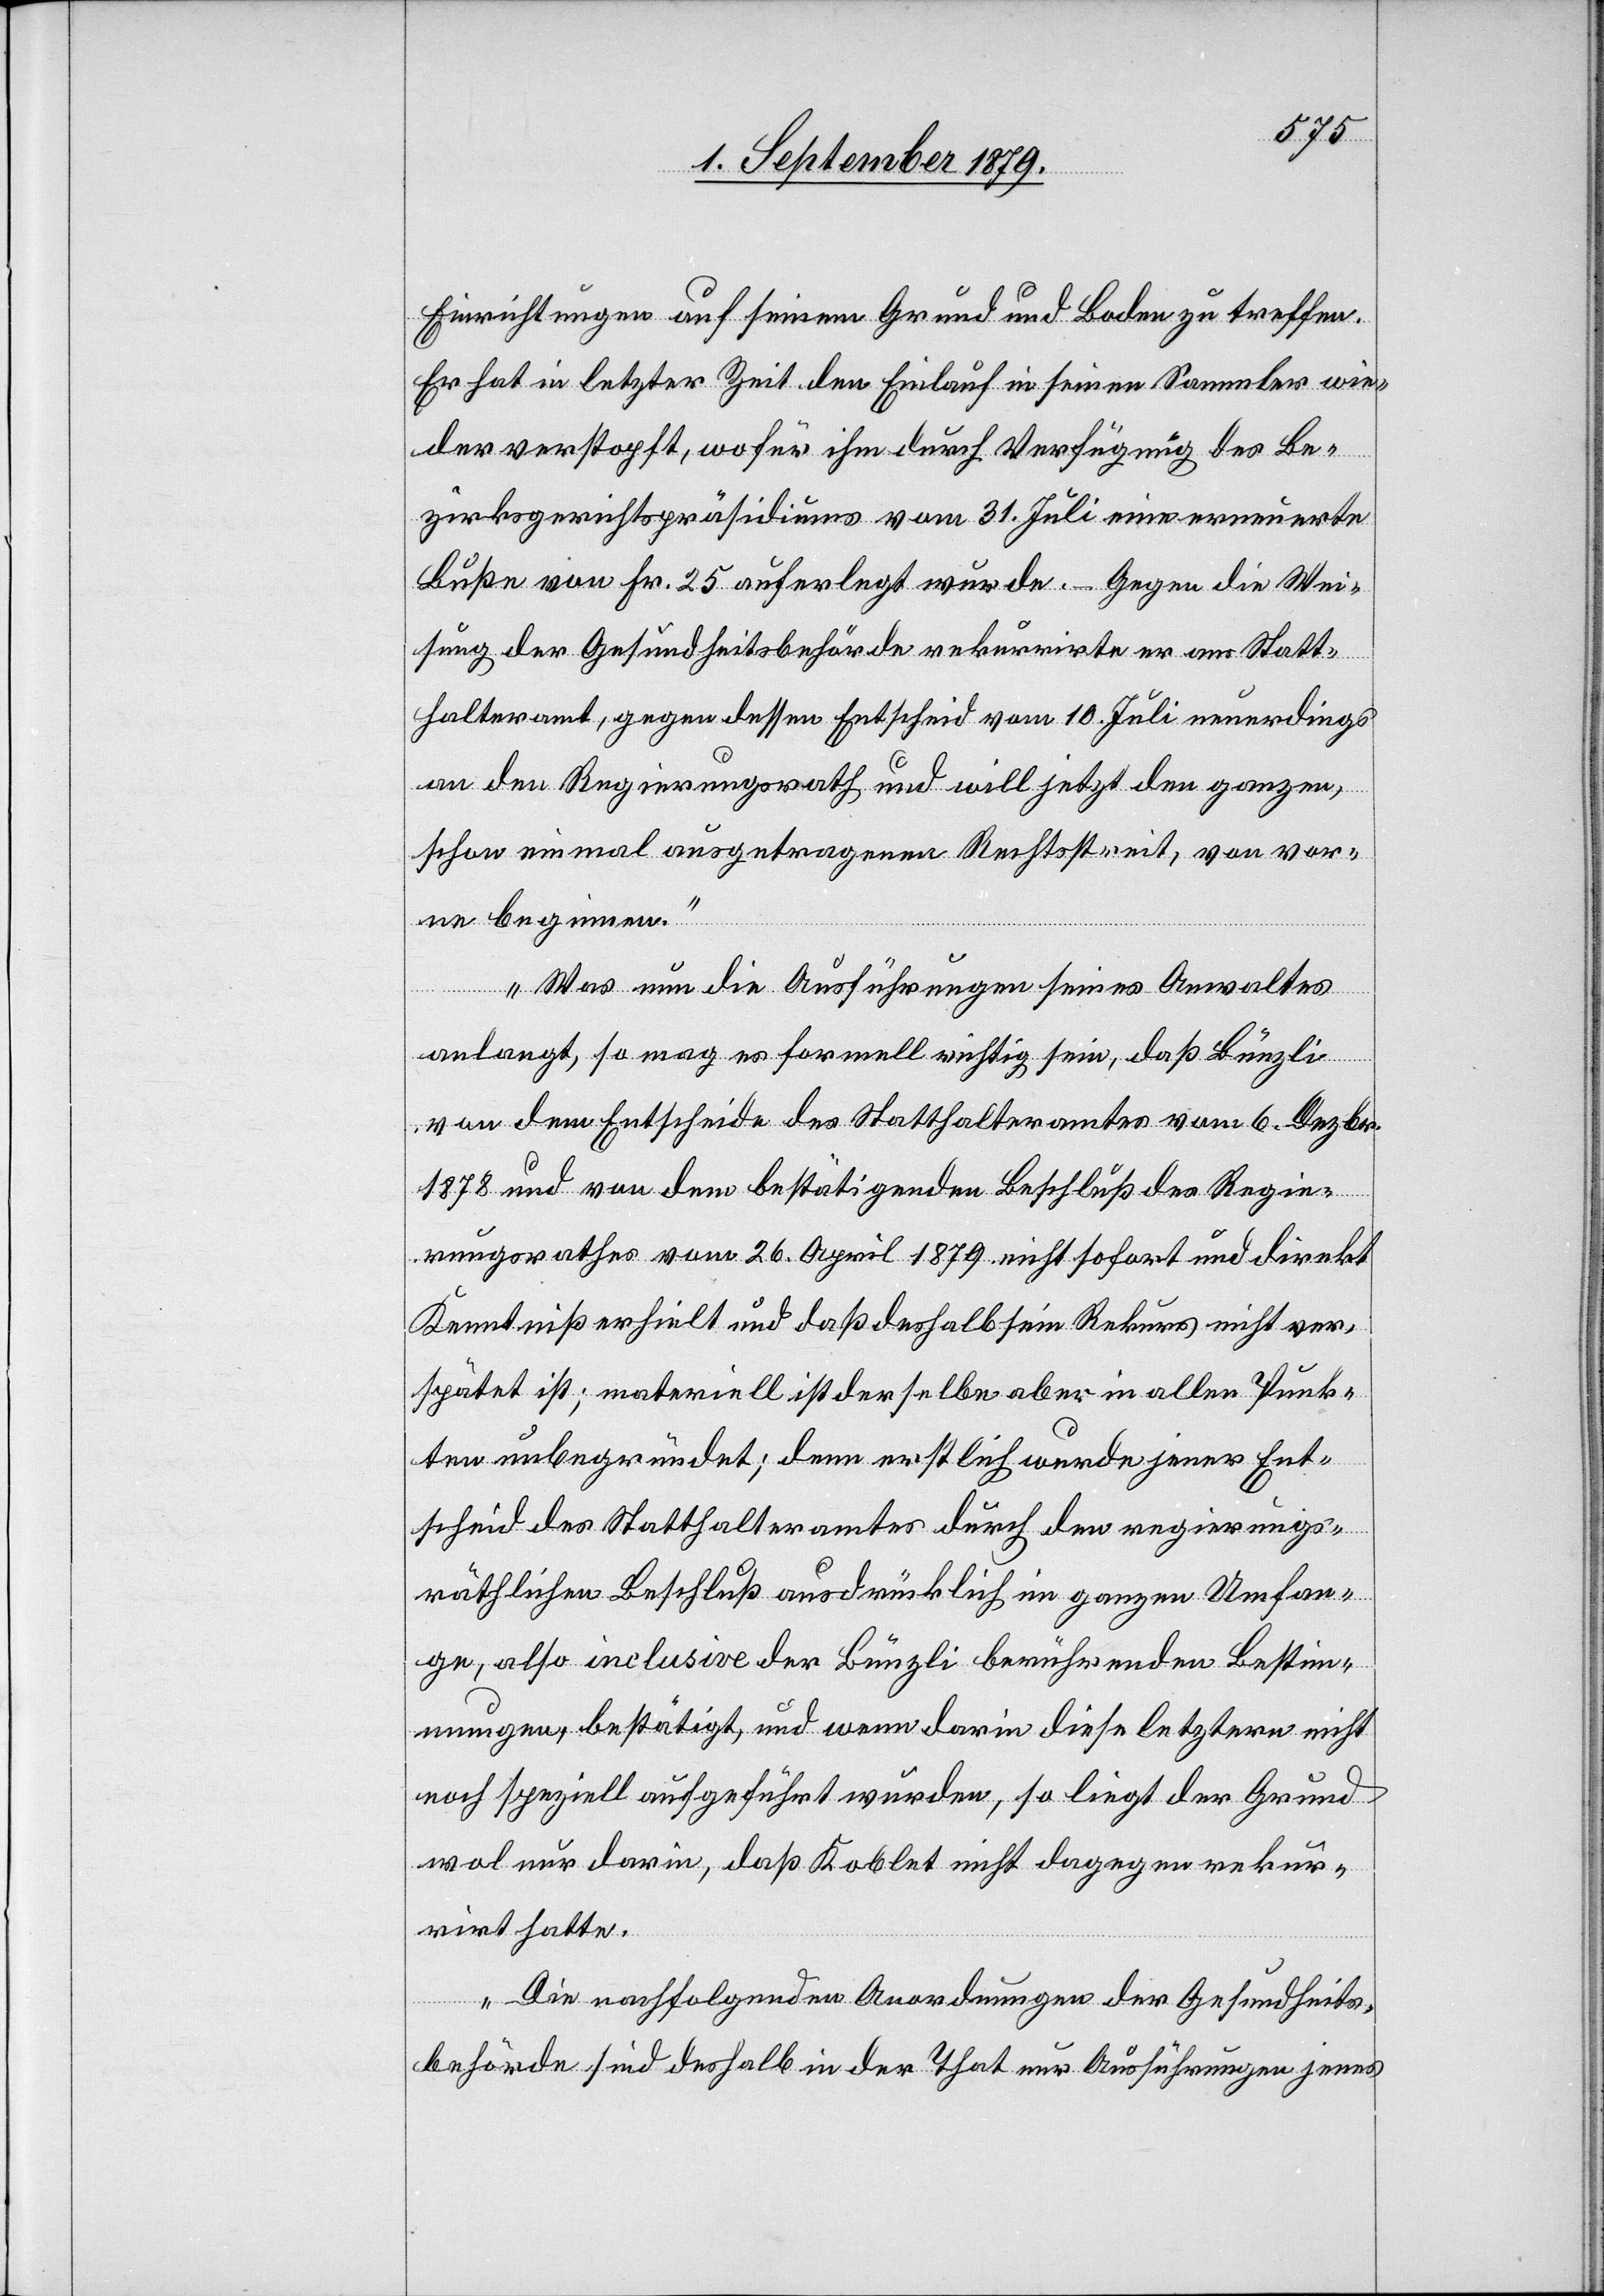
Einrichtungen auf seinem Grund und Boden zu treffen.
Er hat in letzter Zeit den Einlauf in seinen Sammler wie¬
der verstopft, wofür ihm durch Verfügung des Be¬
zirksgerichtspräsidiums vom 31. Juli eine erneuerte
Buße von Fr. 25 auferlegt wurde. – Gegen die Wei¬
sung der Gesundheitsbehörde rekurrirte er ans Statt¬
halteramt, gegen dessen Entscheid vom 10. Juli neuerdings
an den Regierungsrath und will jetzt den ganzen,
schon einmal ausgetragenen Rechtsstreit, von vor¬
ne beginnen.
Was nun die Ausführungen seines Anwaltes
anlangt, so mag es formell richtig sein, daß Bünzli
von dem Entscheide des Statthalteramtes vom 6. Dezbr.
1878 und von dem bestätigenden Beschluß des Regie¬
rungsrathes vom 26. April 1879 nicht sofort und direkt
Kenntniß erhielt und daß deshalb sein Rekurs nicht ver¬
spätet ist; materiell ist derselbe aber in allen Punk¬
ten unbegründet; denn erstlich wurde jener Ent¬
scheid des Statthalteramtes durch den regierungs¬
räthlichen Beschluß ausdrücklich im ganzen Umfan¬
ge, also inclusive der Bünzli berührenden Bestim¬
mungen, bestätigt, und wenn darin diese letztere nicht
noch speziell aufgeführt wurden, so liegt der Grund
wol nur darin, daß Koblet nicht dagegen rekur¬
rirt hatte.
Die nachfolgenden Anordnungen der Gesundheits¬
behörde sind deshalb in der That nur Ausführungen jenes